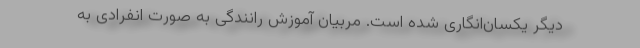
دیگر یکسان‌انگاری شده است. مربیان آموزش رانندگی به صورت انفرادی به